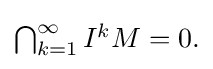
\textstyle {\bigcap _{k=1}^{\infty }I^{k}M=0.}